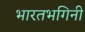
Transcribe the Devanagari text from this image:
भारतभगिनी